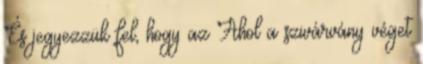
És jegyezzük fel, hogy az Ahol a szivárvány véget